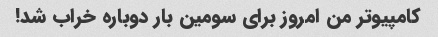
کامپیوتر من امروز برای سومین بار دوباره خراب شد!